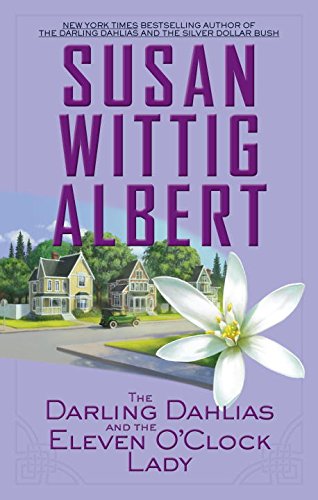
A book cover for The Darling Dahlias and the Eleven O'Clock Lady; Susan Wittig Albert; Mystery, Thriller & Suspense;